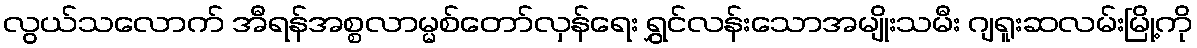
လွယ်သလောက် အီရန်အစ္စလာမ္မစ်တော်လှန်ရေး ရွှင်လန်းသောအမျိုးသမီး ဂျရူးဆလမ်းမြို့ကို